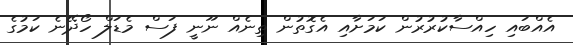
އެއްބައި ހިއްސާކުރުރުން ކަމަށާއި އެގޮތުން ތިނެއް ނޫނީ ފަސް މެޑަލް ހޯދޭނެ ކަމުގެ